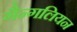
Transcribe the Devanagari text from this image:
गैन्गलियन